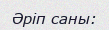
Әріп саны: